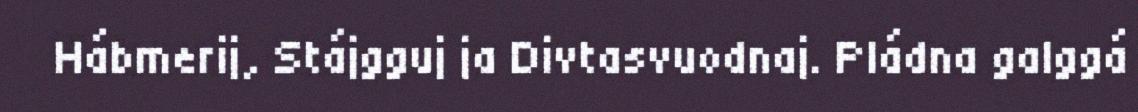
Hábmerij, Stájgguj ja Divtasvuodnaj. Pládna galggá